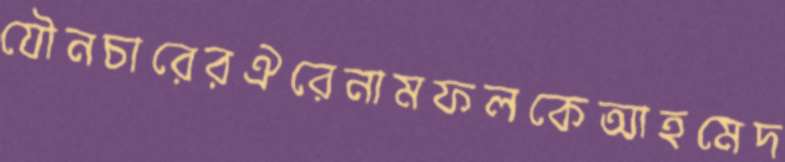
যৌনচারেরঐরেনামফলকেআহমেদ